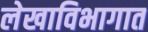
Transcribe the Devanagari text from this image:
लेखाविभागात